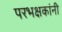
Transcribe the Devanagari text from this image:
परभक्षकांनी